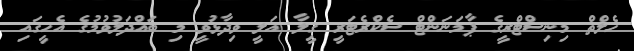
ހެލްތް މިނިސްޓްރީގެ ޕާމަނަންޓް ސެކްރެޓަރީ ގީލާ އަލީ ވިދާޅުވީ މި ބައްދަލުވުމުގެ އެހީގައި